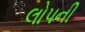
લોપની